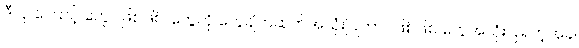
ဒီလို ကြောင့် တွေပဲဖြစ်ဖြစ်၊ တွေကို တွေချိတ်ဆက်အသုံးပြုတာပဲဖြစ်ဖြစ် တွေအသုံးပြုရတဲ့အခါ